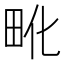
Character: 𰢺